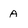
Character: A